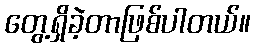
တွေ့ရှိခဲ့တာဖြစ်ပါတယ်။